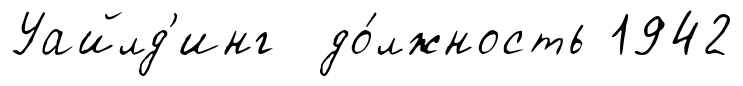
Уайлд'инг до́лжность 1942